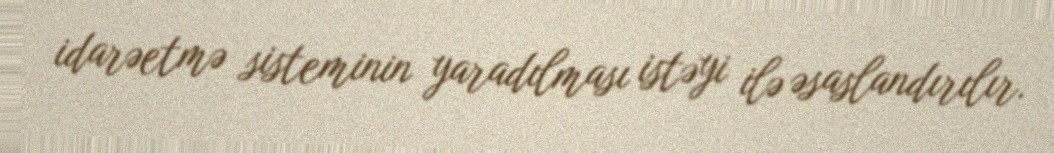
idarəetmə sisteminin yaradılması istəyi ilə əsaslandırılır.